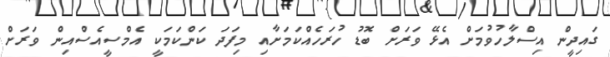
ގައިދީން އިސްލާހުވުމަށް އެޅޭ ވަރަށް ބޮޑު ހުރަހެއްކަމަށާއި މިފަދަ ކަންކަމަކީ އެމްސީއެސްއިން ވަރަށް